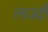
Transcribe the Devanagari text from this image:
लाउदी